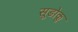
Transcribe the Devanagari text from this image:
सूडोकू